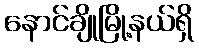
နောင်ချိုမြို့နယ်ရှိ